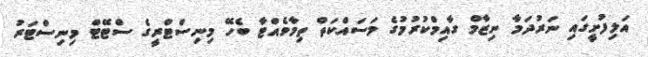
އަލިފުށީގައި ނަރުދަމާ ނިޒާމް ގާއިމްކުރުމުގެ މަސައްކަތް ތިމާވެއްޓާ ބެހޭ މިނިސްޓްރީގެ ސްޓޭޓް މިނިސްޓަރު